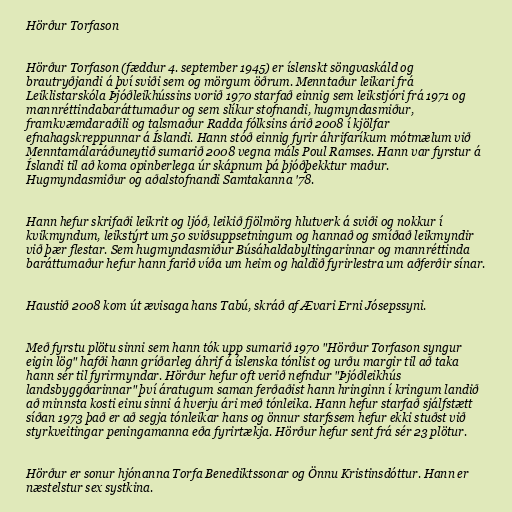
Hörður Torfason

Hörður Torfason (fæddur 4. september 1945) er íslenskt söngvaskáld og
brautryðjandi á því sviði sem og mörgum öðrum. Menntaður leikari frá
Leiklistarskóla Þjóðleikhússins vorið 1970 starfað einnig sem leikstjóri frá 1971 og
mannréttindabaráttumaður og sem slíkur stofnandi, hugmyndasmiður,
framkvæmdaraðili og talsmaður Radda fólksins árið 2008 í kjölfar
efnahagskreppunnar á Íslandi. Hann stóð einnig fyrir áhrifaríkum mótmælum við
Menntamálaráðuneytið sumarið 2008 vegna máls Poul Ramses. Hann var fyrstur á
Íslandi til að koma opinberlega úr skápnum þá þjóðþekktur maður.
Hugmyndasmiður og aðalstofnandi Samtakanna '78.

Hann hefur skrifaði leikrit og ljóð, leikið fjölmörg hlutverk á sviði og nokkur í
kvikmyndum, leikstýrt um 50 sviðsuppsetningum og hannað og smíðað leikmyndir
við þær flestar. Sem hugmyndasmiður Búsáhaldabyltingarinnar og mannréttinda
baráttumaður hefur hann farið víða um heim og haldið fyrirlestra um aðferðir sínar.

Haustið 2008 kom út ævisaga hans Tabú, skráð af Ævari Erni Jósepssyni.

Með fyrstu plötu sinni sem hann tók upp sumarið 1970 "Hörður Torfason syngur
eigin lög" hafði hann gríðarleg áhrif á íslenska tónlist og urðu margir til að taka
hann sér til fyrirmyndar. Hörður hefur oft verið nefndur "Þjóðleikhús
landsbyggðarinnar" því áratugum saman ferðaðist hann hringinn í kringum landið
að minnsta kosti einu sinni á hverju ári með tónleika. Hann hefur starfað sjálfstætt
síðan 1973 það er að segja tónleikar hans og önnur starfssem hefur ekki stuðst við
styrkveitingar peningamanna eða fyrirtækja. Hörður hefur sent frá sér 23 plötur.

Hörður er sonur hjónanna Torfa Benediktssonar og Önnu Kristinsdóttur. Hann er
næstelstur sex systkina.